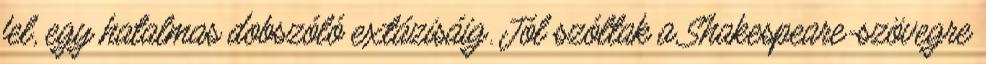
fel, egy hatalmas dobszóló extázisáig. Jól szóltak a Shakespeare-szövegre